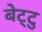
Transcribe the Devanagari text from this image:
बेट्टु